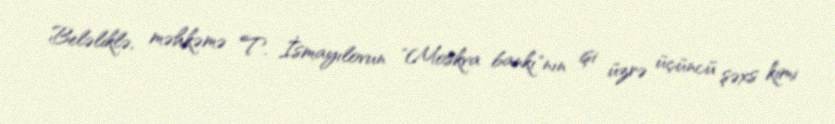
Beləliklə, məhkəmə T. İsmayılovun "Moskva bankı"nın işi üzrə üçüncü şəxs kimi